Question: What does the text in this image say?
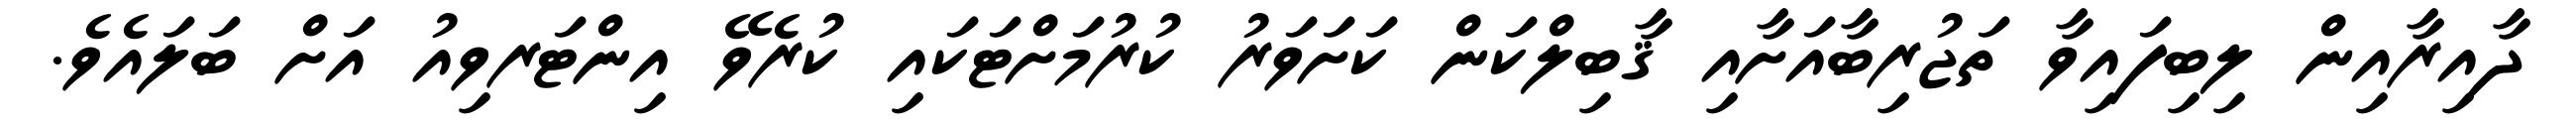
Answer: ދާއިރާއިން ލިބިފައިވާ ތަޖުރިބާއަށާއި ޤާބިލްކަން ކަށަވަރު ކުރުމަށްޓަކައި ކުރެވޭ އިންޓަރވިއު އަށް ބަލައެވެ.